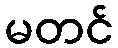
မတင်